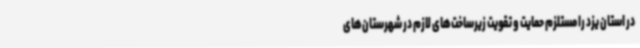
در استان یزد را مستلزم حمایت و تقویت زیرساخت‌های لازم در شهرستان‌های